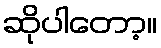
ဆိုပါတော့။